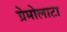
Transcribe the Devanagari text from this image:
ग्रेमोलाटा